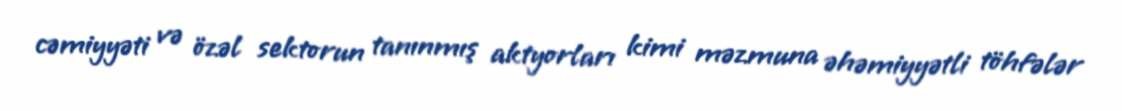
cəmiyyəti və özəl sektorun tanınmış aktyorları kimi məzmuna əhəmiyyətli töhfələr